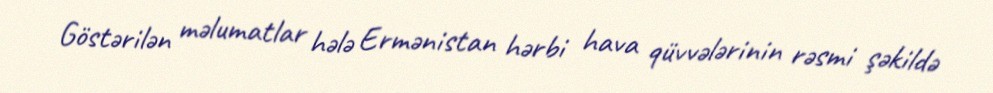
Göstərilən məlumatlar hələ Ermənistan hərbi hava qüvvələrinin rəsmi şəkildə